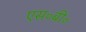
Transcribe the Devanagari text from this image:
एस॰बी॰